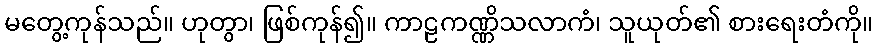
မတွေ့ကုန်သည်။ ဟုတွာ၊ ဖြစ်ကုန်၍။ ကာဠကဏ္ဏိသလာကံ၊ သူယုတ်၏ စားရေးတံကို။